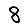
Digit: 8